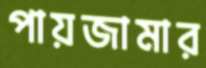
পায়জামার